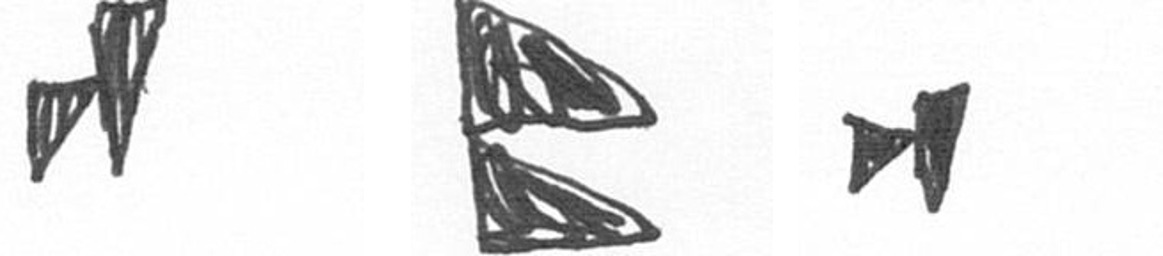
M P M